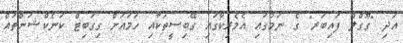
އަދި "ގޫގްލް ފައިބަރ" ގެ ނަމުގައި އެމެރިކާގައި ގޭބިސީތަކާއި ހަމައަށް ގިގަބިޓް ކަނެކްޝަންތައް